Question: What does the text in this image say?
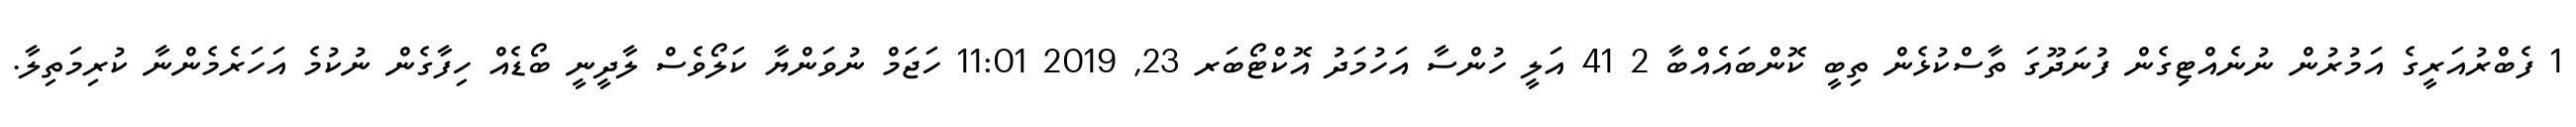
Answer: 1 ފެބްރުއަރީގެ އަމުރުން ނުނެއްޓިގެން ފުނަދޫގަ ތާސްކުޅެން ތިބީ ކޮންބައެއްބާ 2 41 އަލީ ހުންސާ އަހުމަދު އޮކްޓޯބަރ 23, 2019 11:01 ހަޖަމް ނުވަންޔާ ކަލޯވެސް ލާދީނީ ބޯޑެއް ހިފާގެން ނުކުމެ އަހަރެމެންނާ ކުރިމަތިލާ.